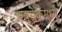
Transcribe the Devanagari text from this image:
क्युसेकमध्ये